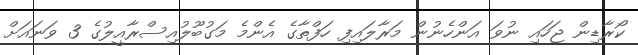
ކޯރާޑިން ޖަހައި ނުވަ އަންހެނުން މަރާލައިފި ހަފްތާގެ އެންމެ މަގުބޫލުއިސްރާއީލުގެ 3 ވަނައަށް